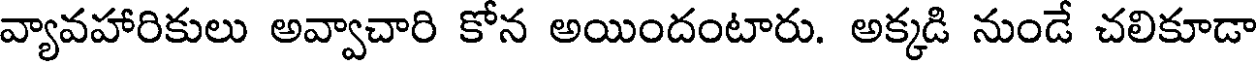
వ్యావహారికులు అవ్వాచారి కోన అయిందంటారు. అక్కడి నుండే చలికూడా